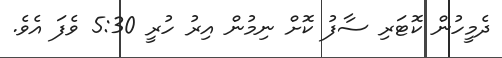
ދެމީހުން ކޮޓަރި ސާފު ކޮށް ނިމުން އިރު ހުރީ 5:30 ވެފަ އެވެ.